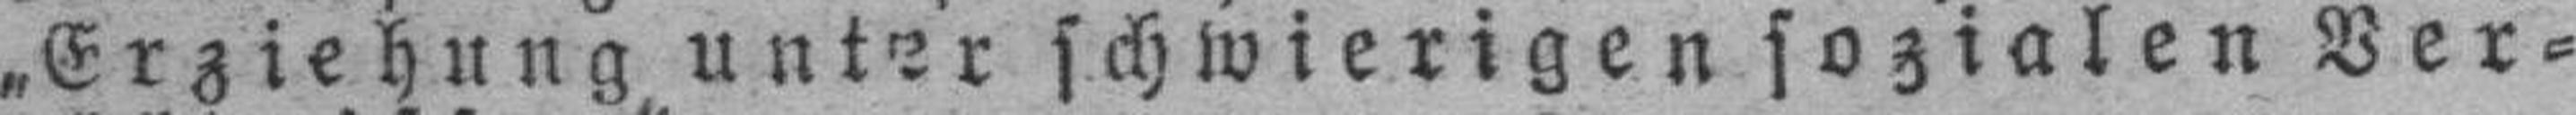
„Erziehung unter schwierigen sozialen Ver¬